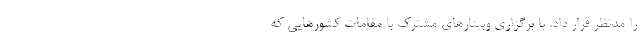
را مدنظر قرار داد. با برگزاری وبینارهای مشترک با مقامات کشورهایی که